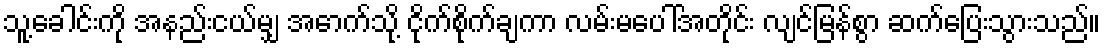
သူ့ခေါင်းကို အနည်းငယ်မျှ အောက်သို့ ငိုက်စိုက်ချကာ လမ်းမပေါ်အတိုင်း လျင်မြန်စွာ ဆက်ပြေးသွားသည်။